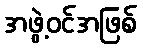
အဖွဲ့ဝင်အဖြစ်